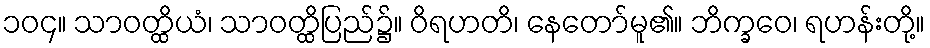
၁၀၄။ သာဝတ္ထိယံ၊ သာဝတ္ထိပြည်၌။ ဝိရဟတိ၊ နေတော်မူ၏။ ဘိက္ခဝေ၊ ရဟန်းတို့။